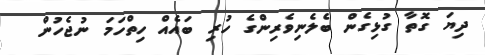
ދިޔަ ގޮތާ ގުޅިގެން ބެލެނިވެރިންގެ ހުރި ބައެއް ހިތްހަމަ ނުޖެހުން